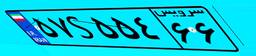
۵۷S۵۵۴۶۶